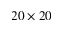
2 0 \times 2 0